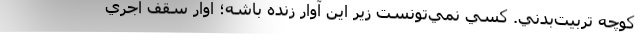
كوچه تربيت‌بدني. كسي نمي‌تونست زير اين آوار زنده باشه؛ آوار سقف آجري